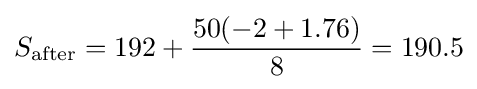
S_{\text{after}}={\text{192}}+{50(-2+1.76) \over 8}=190.5